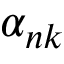
\alpha _ { n k }